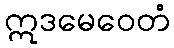
ဣဒမေဝေတံ